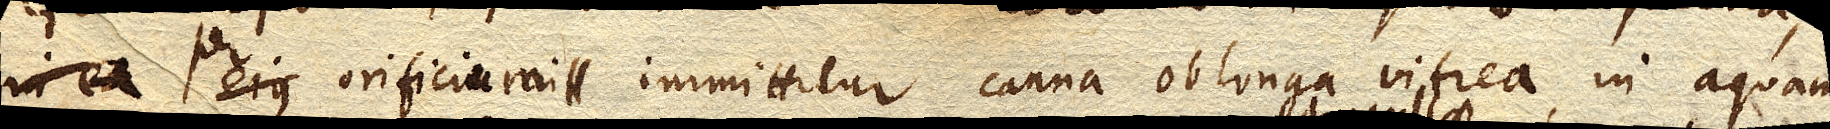
per orificium immittitur canna oblonga vitrea, in aquam